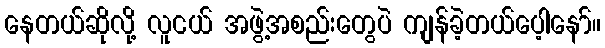
နေတယ်ဆိုလို့ လူငယ် အဖွဲ့အစည်းတွေပဲ ကျန်ခဲ့တယ်ပေ့ါနော်။